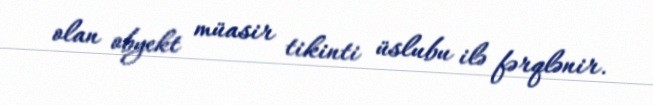
olan obyekt müasir tikinti üslubu ilə fərqlənir.